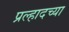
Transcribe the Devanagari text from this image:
प्रल्हादच्या